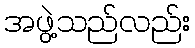
အဖွဲ့သည်လည်း